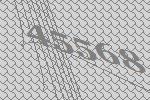
45568